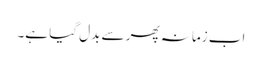
اب زمانہ پھر سے بدل گیا ہے۔